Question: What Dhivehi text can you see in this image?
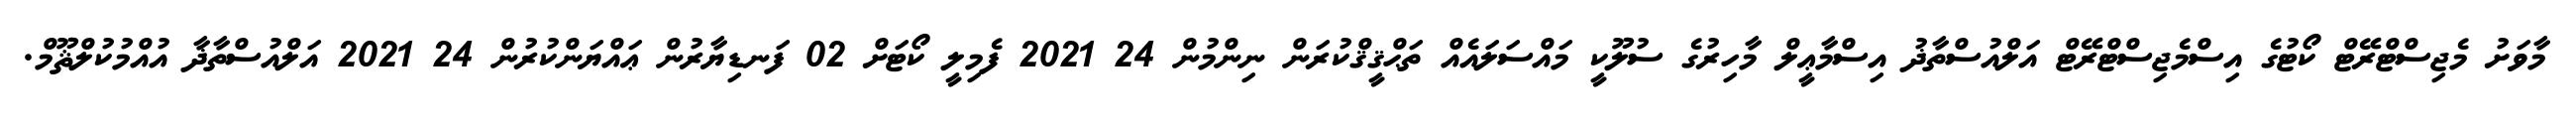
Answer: މާވަށު މެޖިސްޓްރޭޓް ކޯޓުގެ އިސްމެޖިސްޓްރޭޓް އަލްއުސްތާޛު އިސްމާޢީލް މާހިރުގެ ސުލޫކީ މައްސަލައެއް ތަޙްޤީޤްކުރަން ނިންމުން 24 2021 ފެމިލީ ކޯޓަށް 02 ފަނޑިޔާރުން ޢައްޔަންކުރުން 24 2021 އަލްއުސްތާޛާ އުއްމުކުލްޘޫމް.